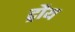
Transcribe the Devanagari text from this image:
ट्रौय